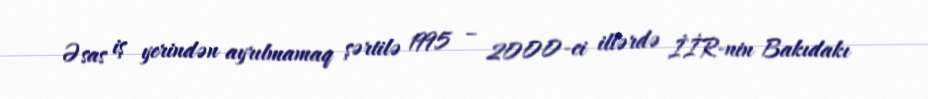
Əsas iş yerindən ayrılmamaq şərtilə 1995 – 2000-ci illərdə İİR-nin Bakıdakı